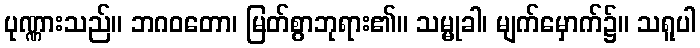
ပုဏ္ဏားသည်။ ဘဂဝတော၊ မြတ်စွာဘုရား၏။ သမ္မုခါ၊ မျက်မှောက်၌။ သရူပါ